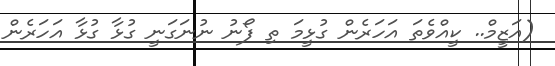
(އަޒީމް.. ކީއްވެތަ އަހަރެން ގުޅީމަ ތި ފޯނު ނުނަގަނީ ގުޅާ ގުޅާ އަހަރެން